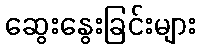
ဆွေးနွေးခြင်းများ